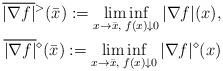
LaTeX: \begin{align*}\overline{|\nabla{f}|}{}^>(\bar{x}) :=\liminf_{x\to\bar{x},\;f(x)\downarrow0}|\nabla{f}|(x),\\\overline{|\nabla{f}|}{}^{\diamond}(\bar{x}) :=\liminf_{x\to\bar{x},\;f(x)\downarrow0}|\nabla{f}|^{\diamond}(x)\end{align*}